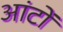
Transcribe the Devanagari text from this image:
आंटों